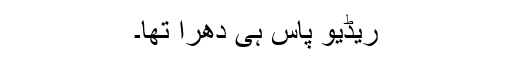
ریڈیو پاس ہی دھرا تھا۔